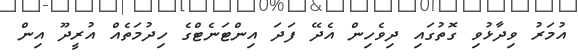
އުމަރު ވިދާޅުވި ގޮތުގައި ދިވެހިން އެދޭ ފަދަ އިންޓަނެޓްގެ ހިދުމަތެއް އުރީދޫ އިން